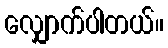
လျှောက်ပါတယ်။